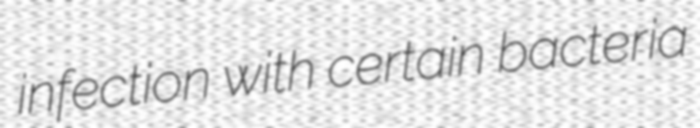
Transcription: infection with certain bacteria